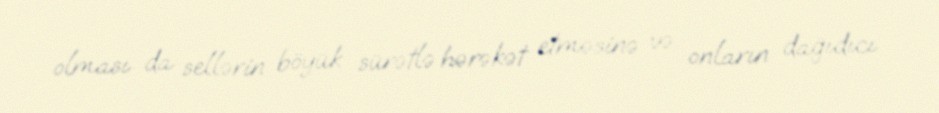
olması da sellərin böyük sürətlə hərəkət etməsinə və onların dağıdıcı